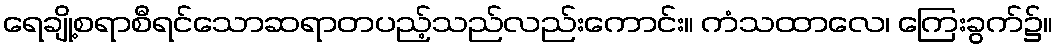
ရေချို့စရာစီရင်သောဆရာတပည့်သည်လည်းကောင်း။ ကံသထာလေ၊ ကြေးခွက်၌။